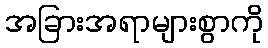
အခြားအရာများစွာကို